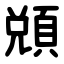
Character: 䫄